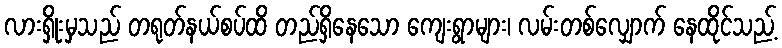
လားရှိုးမှသည် တရုတ်နယ်စပ်ထိ တည်ရှိနေသော ကျေးရွာများ၊ လမ်းတစ်လျှောက် နေထိုင်သည့်